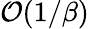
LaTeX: \mathcal{O}(1/\beta)